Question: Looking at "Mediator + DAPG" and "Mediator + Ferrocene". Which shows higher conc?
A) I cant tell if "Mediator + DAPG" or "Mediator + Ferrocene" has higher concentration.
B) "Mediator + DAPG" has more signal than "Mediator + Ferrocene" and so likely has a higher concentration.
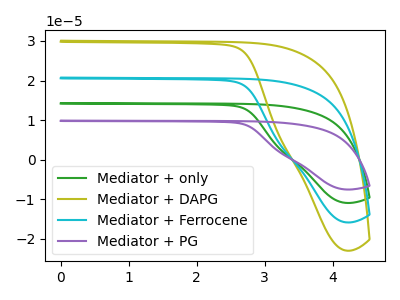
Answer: <think>The green curve "Mediator + only" has no peaks. The olive curve "Mediator + DAPG" has no peaks. The cyan curve "Mediator + Ferrocene" has no peaks. The purple curve "Mediator + PG" has no peaks.
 Neither "Mediator + DAPG" or "Mediator + Ferrocene" have any peaks.</think>
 <answer>A) I cant tell if "Mediator + DAPG" or "Mediator + Ferrocene" has higher concentration.</answer>
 <eval>A</eval>